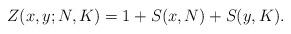
LaTeX: \begin{align*}Z(x,y; N,K) = 1+S(x,N)+S(y,K).\end{align*}